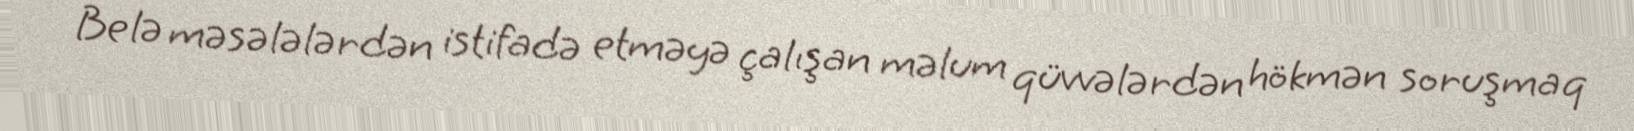
Belə məsələlərdən istifadə etməyə çalışan məlum qüvvələrdən hökmən soruşmaq